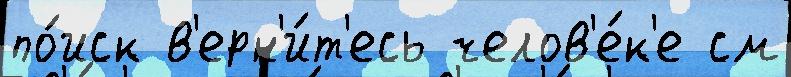
по́иск в'ерн'и́т'есь челов'е́к'е см